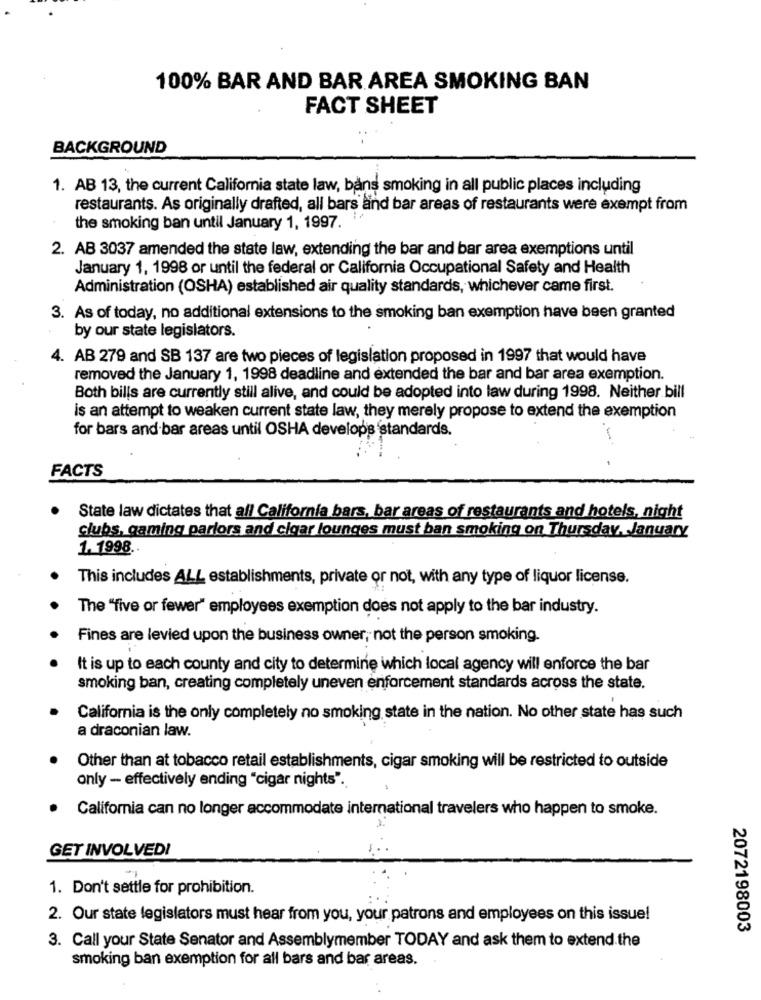
100% BAR AND BAR AREA SMOKING BAN
FACT SHEET
BACKGROUND
1. AB 13, the current California state law, bans smoking in all public places including
restaurants. As originally drafted, all bars and bar areas of restaurants were exempt from
the smoking ban until January 1, 1997.
2. AB 3037 amended the state law, extending the bar and bar area exemptions until
January 1, 1998 or until the federal or California Occupational Safety and Health
Administration (OSHA) established air quality standards, whichever came first.
3. As of today, no additional extensions to the smoking ban exemption have been granted
by our state legislators.
4. AB 279 and SB 137 are two pieces of legislation proposed in 1997 that would have
removed the January 1, 1998 deadline and extended the bar and bar area exemption.
Both bills are currently still alive, and could be adopted into law during 1998. Neither bill
is an attempt to weaken current state law, they merely propose to extend the exemption
for bars and bar areas until OSHA develops standards.
FACTS
State law dictates that all California bars, bar areas of restaurants and hotels, night
clubs, gaming parlors and cigar lounges must ban smoking on Thursday, January
1. 1998.
This includes ALL establishments, private or not, with any type of liquor license.
The "five or fewer" employees exemption does not apply to the bar industry.
Fines are levied upon the business owner, not the person smoking.
It is up to each county and city to determine which local agency will enforce the bar
smoking ban, creating completely uneven enforcement standards across the state.
California is the only completely no smoking state in the nation. No other state has such
a draconian law.
Other than at tobacco retail establishments, cigar smoking will be restricted to outside
only - effectively ending "cigar nights".
California can no longer accommodate international travelers who happen to smoke.
GET INVOLVEDI
1. Don't settle for prohibition.
2. Our state legislators must hear from you, your patrons and employees on this issue!
2072198003
3. Call your State Senator and Assemblymember TODAY and ask them to extend.the
smoking ban exemption for all bars and bar areas.